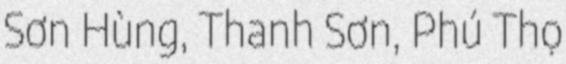
Sơn Hùng, Thanh Sơn, Phú Thọ